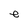
Character: e